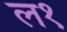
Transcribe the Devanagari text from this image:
ल१